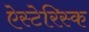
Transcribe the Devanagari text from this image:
ऐस्टेरिस्क